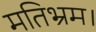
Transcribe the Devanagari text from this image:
मतिभ्रम।